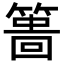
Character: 𥲞